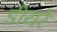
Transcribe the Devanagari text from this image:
डीयरे